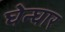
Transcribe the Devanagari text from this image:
घेन्घार